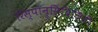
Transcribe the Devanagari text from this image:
रिस्पॉन्सिबिलिटी